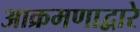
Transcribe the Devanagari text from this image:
आक्रमणाद्वारे